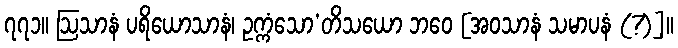
၇၇၁။ ဩသာနံ ပရိယောသာနံ၊ ဥက္ကံသော’တိသယော ဘဝေ [အဝသာနံ သမာပနံ (?)]။